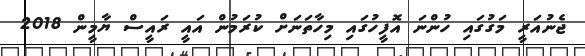
ޖެނުއަރީ މަގުގައި ހުންނަ އޮފީހުގައި މިހާތަނަށް ކުރަމުން އައީ ރައީސް ޔާމީން 2018